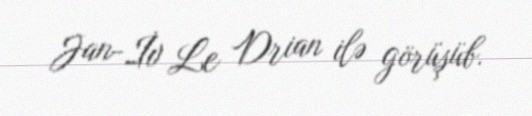
Jan-İv Le Drian ilə görüşüb.